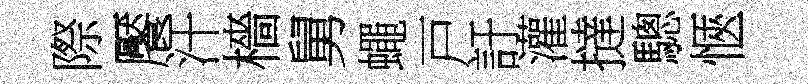
際饜汗檣舅蠅戸訏灌撻驄愜